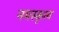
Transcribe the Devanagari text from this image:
नमस्कृत्य